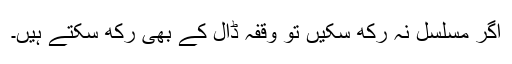
اگر مسلسل نہ رکھ سکیں تو وقفہ ڈال کے بھی رکھ سکتے ہیں۔